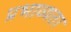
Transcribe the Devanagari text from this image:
प्रभाव्यता